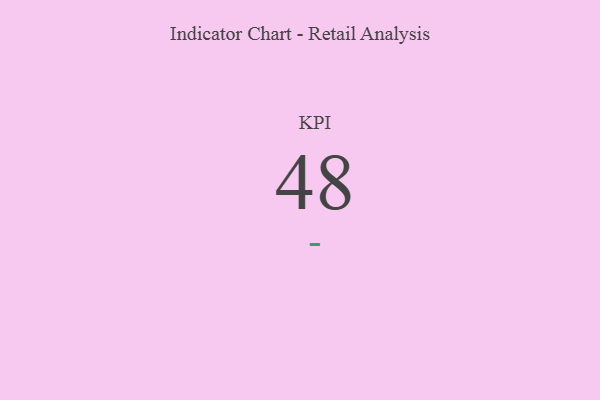
{"axis": {"x": "KPI", "y": "Value"}, "legend": [""], "data": [{"x": "KPI", "y": 48, "type": ""}]}